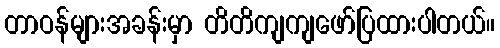
တာဝန်များအခန်းမှာ တိတိကျကျဖော်ပြထားပါတယ်။